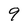
Character: 9